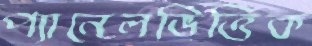
প্যানেলভিত্তিক